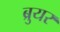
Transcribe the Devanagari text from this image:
ब्रुयर